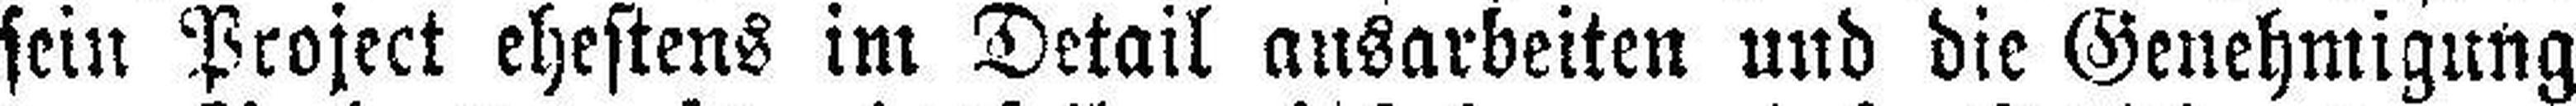
sein Project ehestens im Detail ausarbeiten und die Genehmigung